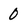
Character: 0